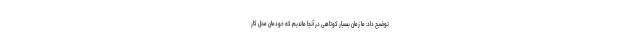
توضیح داد: ما زمان بسیار کوتاهی در آنجا ماندیم که خودمان مُخل کار